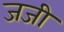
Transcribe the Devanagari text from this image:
जजी